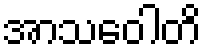
အာသဝေါတိ